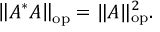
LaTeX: \left\| A ^ { * } A \right\| _ { \mathrm { o p } } = \| A \| _ { \mathrm { o p } } ^ { 2 } .